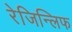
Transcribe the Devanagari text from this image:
रेजिन्लिफ